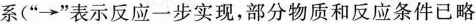
系(”→”表示反应一步实现，部分物质和反应条件已略